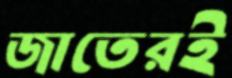
জাতেরই